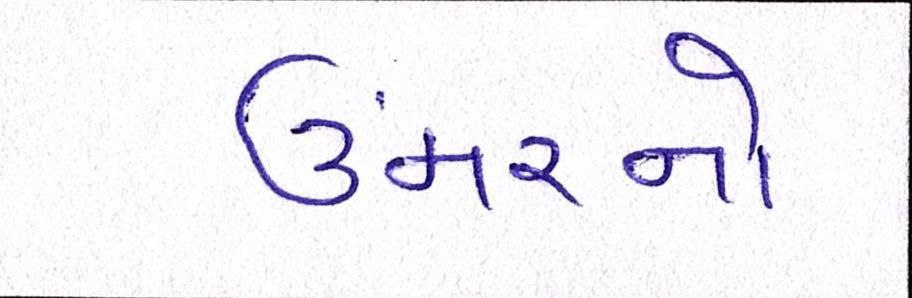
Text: ઉંમરનો